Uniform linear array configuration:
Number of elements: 8
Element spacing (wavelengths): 0.5
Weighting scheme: cosine
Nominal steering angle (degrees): -15
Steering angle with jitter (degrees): -13.352
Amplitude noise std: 0.05
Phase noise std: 0.05

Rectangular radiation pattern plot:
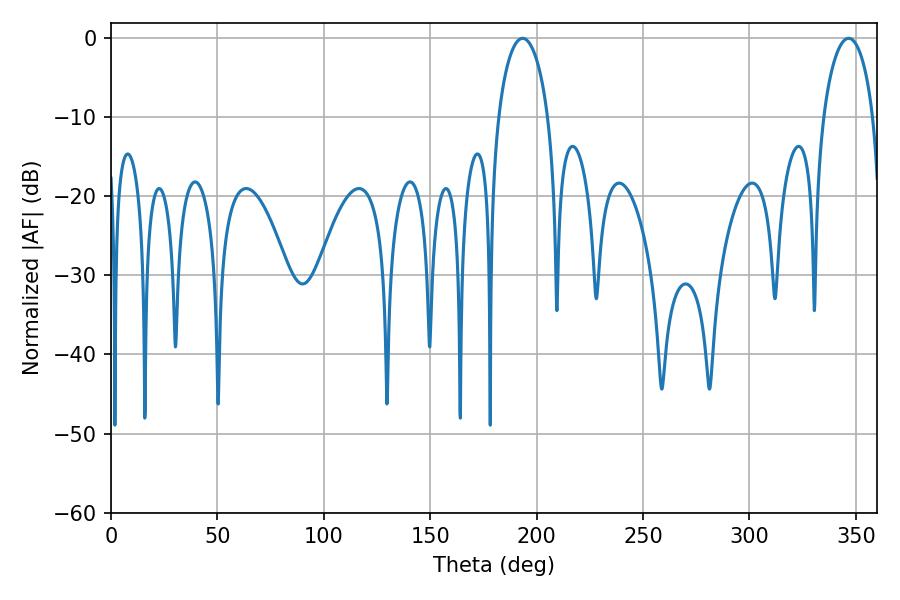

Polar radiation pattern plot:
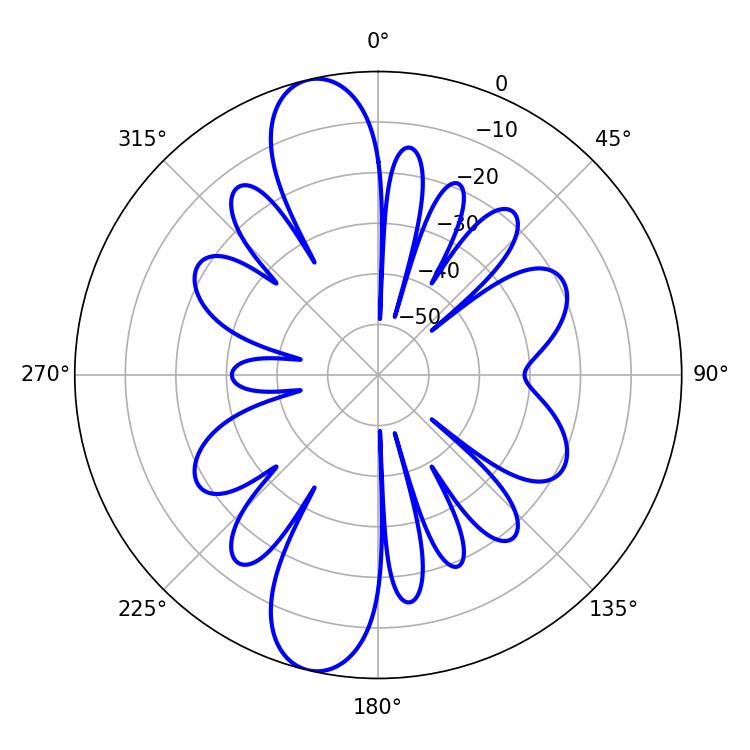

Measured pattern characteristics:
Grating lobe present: FALSE
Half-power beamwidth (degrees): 13.32
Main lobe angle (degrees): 193.32